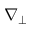
\nabla _ { \perp }